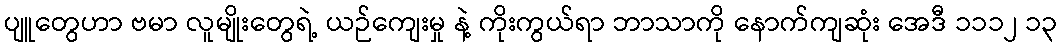
ပျူတွေဟာ ဗမာ လူမျိုးတွေရဲ့ ယဉ်ကျေးမှု နဲ့ ကိုးကွယ်ရာ ဘာသာကို နောက်ကျဆုံး အေဒီ ၁၁၁၂ ၁၃